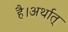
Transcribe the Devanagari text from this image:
है।अर्थात्